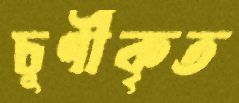
চূর্ণীকৃত